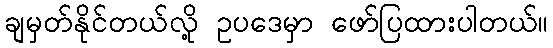
ချမှတ်နိုင်တယ်လို့ ဥပဒေမှာ ဖော်ပြထားပါတယ်။